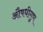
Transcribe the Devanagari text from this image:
औषधीगुण